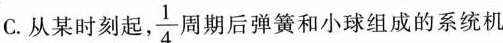
C.从某时刻起， \frac{1}{4}周期后弹簧和小球组成的系统机